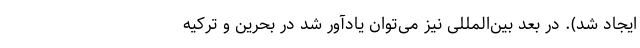
ایجاد شد). در بعد بین‌المللی نیز می‌توان یادآور شد در بحرین و ترکیه